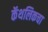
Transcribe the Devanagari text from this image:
कॅथलिकचा